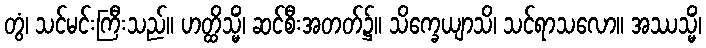
တွံ၊ သင်မင်းကြီးသည်။ ဟတ္ထိသ္မိံ၊ ဆင်စီးအတတ်၌။ သိက္ခေယျာသိ၊ သင်ရာသလော။ အဿသ္မိံ၊